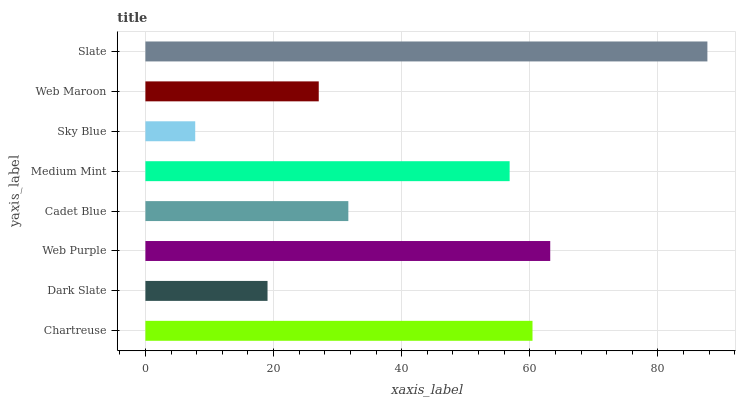
| yaxis_label | bars |
 | --- | --- |
 | Chartreuse | 60.4 |
 | Dark Slate | 19.1 |
 | Web Purple | 63.2 |
 | Cadet Blue | 31.7 |
 | Medium Mint | 56.8 |
 | Sky Blue | 7.77 |
 | Web Maroon | 27.1 |
 | Slate | 87.7 |